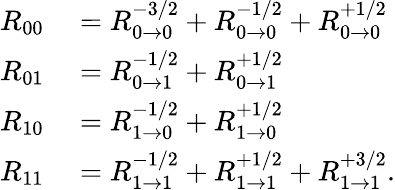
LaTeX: \begin{array}{rl}{R_{00}}&{{}=R_{0\rightarrow 0}^{-3/2}+R_{0\rightarrow 0}^{-1/2}+R_{0\rightarrow 0}^{+1/2}}\\ {R_{01}}&{{}=R_{0\rightarrow 1}^{-1/2}+R_{0\rightarrow 1}^{+1/2}}\\ {R_{10}}&{{}=R_{1\rightarrow 0}^{-1/2}+R_{1\rightarrow 0}^{+1/2}}\\ {R_{11}}&{{}=R_{1\rightarrow 1}^{-1/2}+R_{1\rightarrow 1}^{+1/2}+R_{1\rightarrow 1}^{+3/2}.}\end{array}